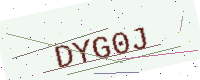
Text: DYG0J